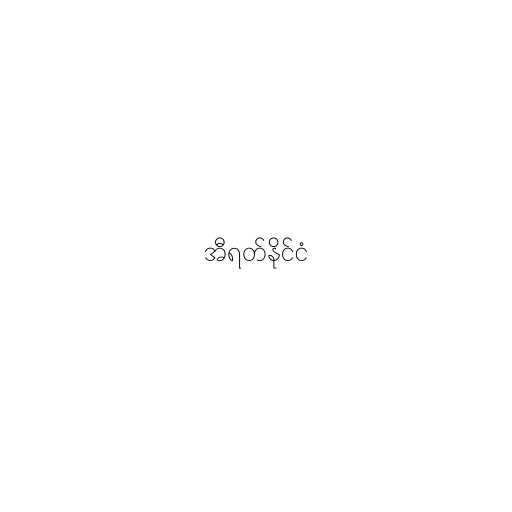
အီရတ်နိုင်ငံ